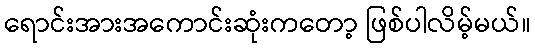
ရောင်းအားအကောင်းဆုံးကတော့ ဖြစ်ပါလိမ့်မယ်။